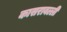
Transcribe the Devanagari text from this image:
कासरावल्ली